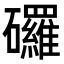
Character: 𥗴